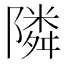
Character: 隣